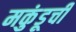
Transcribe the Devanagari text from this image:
मकुंडूची